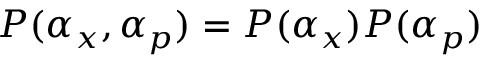
P ( \alpha _ { x } , \alpha _ { p } ) = P ( \alpha _ { x } ) P ( \alpha _ { p } )